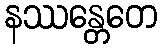
နဿန္တေတေ